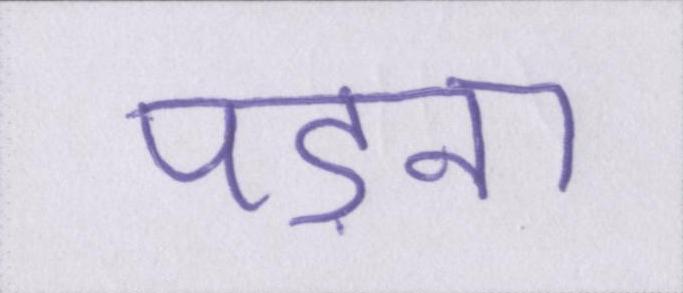
पड़ना